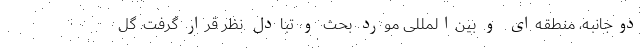
دوجانبه، منطقه‌ای و بین‌المللی مورد بحث و تبادل نظر قرار گرفت. گل